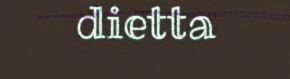
dietta